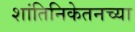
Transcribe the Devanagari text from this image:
शांतिनिकेतनच्या